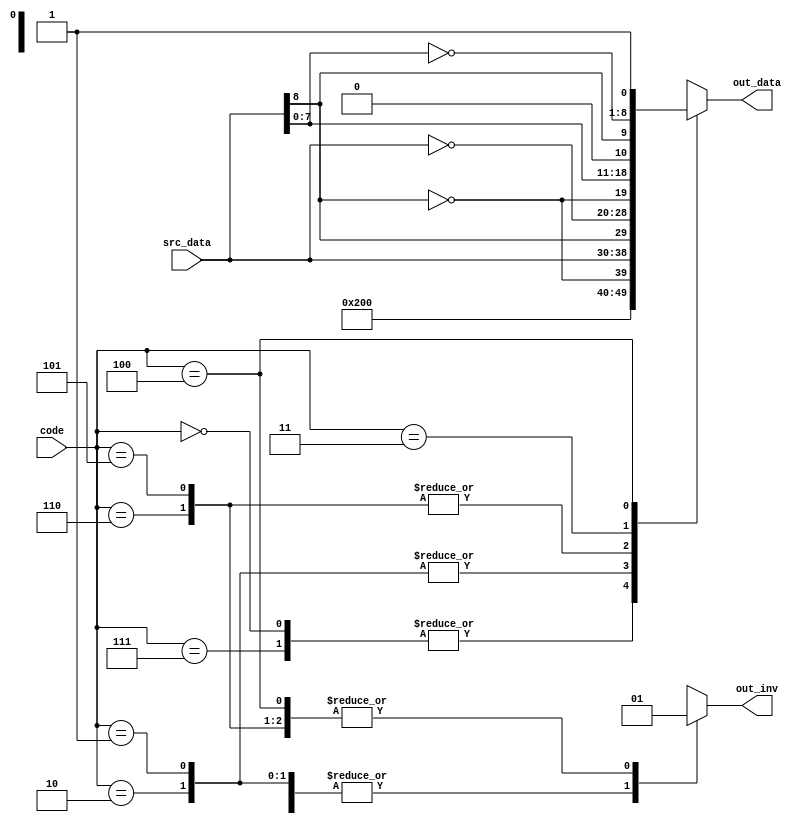
// ********************************************************
// Copyright(c)  2018
// Project name  :  HWPE
// Module  name  :  booth
// Created Time  :  2018/5/15 15:30:20
// Abstract:

// ========================================================
// Revision     Date     Author      Comment
// --------  ---------  ---------    ---------
//   1.0    2018/05/15  chenhaoc
//
// ********************************************************

`define DLY 1
`timescale 1ns/10ps

module booth(
    input      [2:0] code,
    input      [8:0] src_data,
    output reg [9:0] out_data, //comb
    output reg       out_inv   //comb
);

always @( * ) begin
    case( code )
        ///////// for 8bit /////////
        // +/- 0*src_data
        3'b000,
        3'b111:
        begin
            out_data = 10'h200;
            out_inv = 1'b0;
        end

        // + 1*src_data
        3'b001,
        3'b010:
        begin
            out_data = {~src_data[8], src_data};
            out_inv = 1'b0;
        end

        // - 1*src_data
        3'b101,
        3'b110:
        begin
            out_data = {src_data[8], ~src_data};
            out_inv = 1'b1;
        end

        // + 2*src_data
        3'b011:
        begin
            out_data = {~src_data[8], src_data[7:0], 1'b0};
            out_inv = 1'b0;
        end

        // - 2*src_data
        3'b100:
        begin
            out_data = {src_data[8], ~src_data[7:0], 1'b1};
            out_inv = 1'b1;
        end

        default:
        begin
            out_data = 10'h200;
            out_inv = 1'b0;
        end
    endcase
end

endmodule